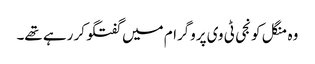
وہ منگل کو نجی ٹی وی پروگرام میں گفتگو کر رہے تھے۔